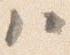
ハ